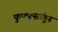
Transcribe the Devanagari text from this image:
फुफ्फुसांतून